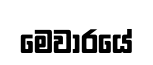
මෙවාරයේ